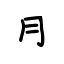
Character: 月